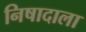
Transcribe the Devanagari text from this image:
निषादाला